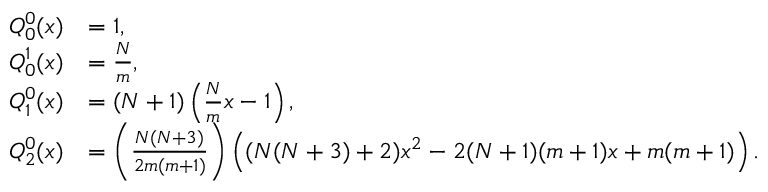
\begin{array} { r l } { Q _ { 0 } ^ { 0 } ( x ) } & { = 1 , } \\ { Q _ { 0 } ^ { 1 } ( x ) } & { = \frac { N } { m } , } \\ { Q _ { 1 } ^ { 0 } ( x ) } & { = \left( N + 1 \right) \left( \frac { N } { m } x - 1 \right) , } \\ { Q _ { 2 } ^ { 0 } ( x ) } & { = \left( \frac { N ( N + 3 ) } { 2 m ( m + 1 ) } \right) \left( ( N ( N + 3 ) + 2 ) x ^ { 2 } - 2 ( N + 1 ) ( m + 1 ) x + m ( m + 1 ) \right) . } \end{array}